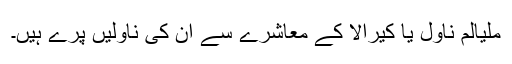
ملیالم ناول یا کیرالا کے معاشرے سے ان کی ناولیں پرے ہیں۔